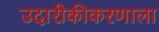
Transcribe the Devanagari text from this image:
उदारीकीकरणाला